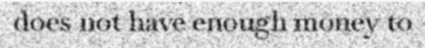
does not have enough money to